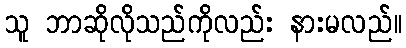
သူ ဘာဆိုလိုသည်ကိုလည်း နားမလည်။